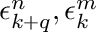
\epsilon _ { k + q } ^ { n } , \epsilon _ { k } ^ { m }